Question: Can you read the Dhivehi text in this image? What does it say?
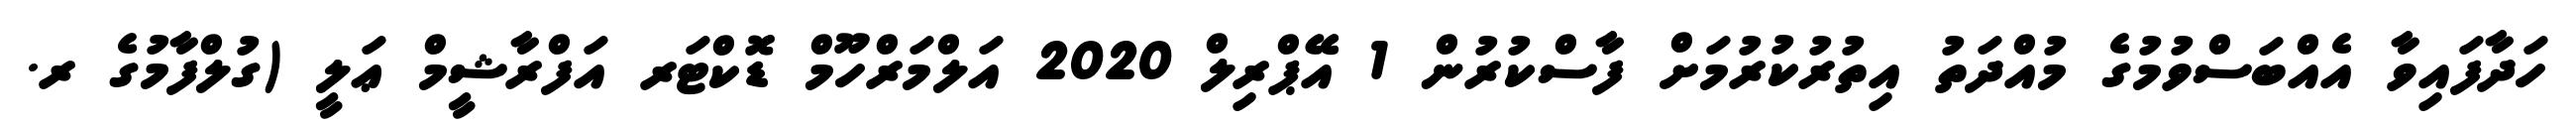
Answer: ހަދާފައިވާ އެއްބަސްވުމުގެ މުއްދަތު އިތުރުކުރުމަށް ފާސްކުރުން 1 އޭޕްރިލް 2020 އަލްމަރްހޫމް ޑޮކްޓަރ އަފްރާޝީމް ޢަލީ (ގުލްފާމުގެ ރ.